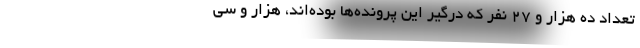
تعداد ده هزار و ۲۷ نفر که درگیر این پرونده‌ها بوده‌اند، هزار و سی